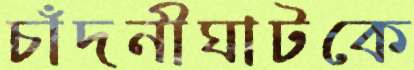
চাঁদনীঘাটকে